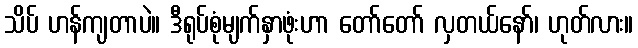
သိပ် ဟန်ကျတာပဲ။ ဒီရုပ်စုံမျက်နှာဖုံးဟာ တော်တော် လှတယ်နော်၊ ဟုတ်လား။